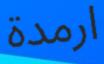
ارمدة